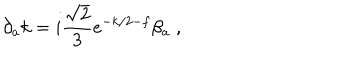
\partial _ { a } k = i \frac { \sqrt { 2 } } { 3 } e ^ { - k / 2 - f } \beta _ { a } \; ,